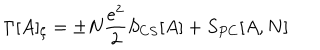
\Gamma [ A ] _ { \zeta } = \pm N \frac { e ^ { 2 } } { 2 } S _ { C S } [ A ] + S _ { P C } [ A , N ]